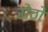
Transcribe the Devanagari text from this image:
सेठो